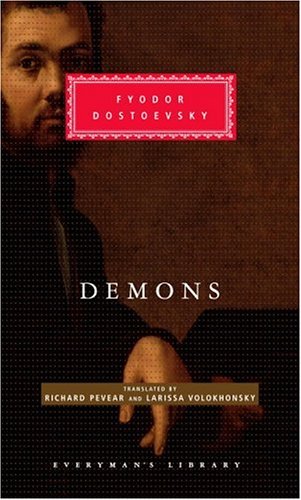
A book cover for Demons (Everyman's Library, 182); Fyodor Dostoevsky; Literature & Fiction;